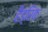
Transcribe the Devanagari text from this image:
हैंड्रिक